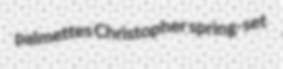
palmettes Christopher spring-set